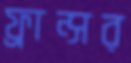
ফ্রান্সর